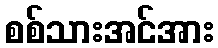
စစ်သားအင်အား